Lunatic asylums United Provinces 1909-1921 - 1909-1921
Year: 1909
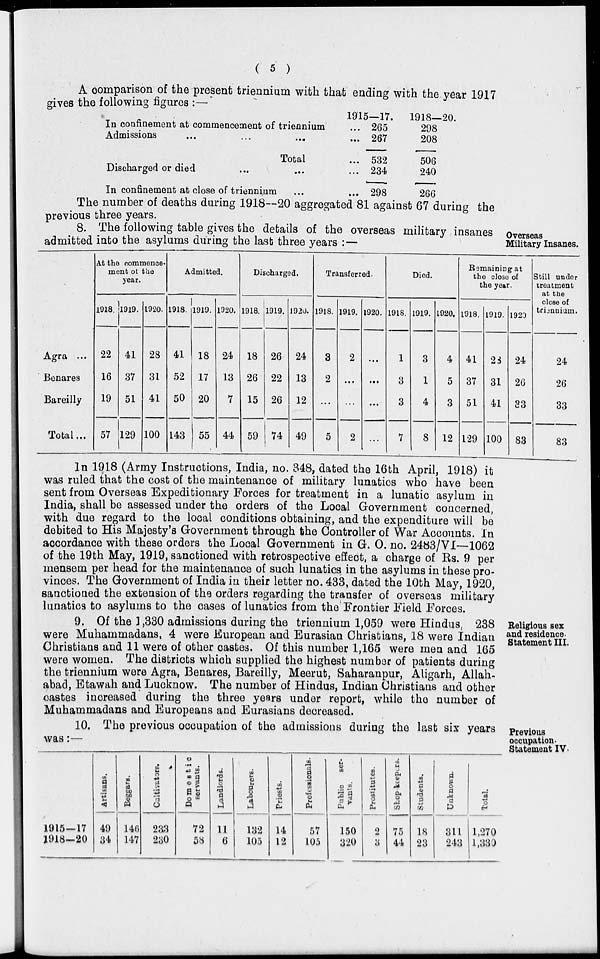
( 5 )
A comparison of the present triennium with that ending with the year 1917
gives the following figures :—
In confinement at commencement of triennium
Admissions
...
...
...
Total
Discharged or died ... ...
In confinement at close of triennium ...
1915—17.
... 265
... 267
... 532
... 234
... 298
1918—20.
298
208
506
240
266
The number of deaths during 1918—20 aggregated 81 against 67 during the
previous three years.
Overseas
Military Insanes.
8. The following table gives the details of the overseas military insanes
admitted into the asylums during the last three years :—
Agra ...
Benares
Bareilly
Total ...
At the commence¬
ment of the
year.
1918.
22
16
19
57
1919.
41
37
51
129
1920.
28
31
41
100
Admitted.
1918.
41
52
50
143
1919.
18
17
20
55
1920.
24
13
7
44
Discharged.
1918.
18
26
15
59
1919.
26
22
26
74
1920.
24
13
12
49
Transferred.
1918.
3
2
...
5
1919.
2
...
...
2
1920.
...
...
...
...
Died.
1918.
1
3
3
7
1919.
3
1
4
8
1920.
4
5
3
12
Remaining at
the close of
the year.
1918.
41
37
51
129
1919.
28
31
41
100
1920
24
26
33
83
Still under
treatment
at the
close of
triennium.
24
26
33
83
In 1918 (Army Instructions, India, no. 348, dated the 16th April, 1918) it
was ruled that the cost of the maintenance of military lunatics who have been
sent from Overseas Expeditionary Forces for treatment in a lunatic asylum in
India, shall be assessed under the orders of the Local Government concerned,
with due regard to the local conditions obtaining, and the expenditure will be
debited to His Majesty's Government through the Controller of War Accounts. In
accordance with these orders the Local Government in G. O. no. 2483/VI—1062
of the 19th May, 1919, sanctioned with retrospective effect, a charge of Rs. 9 per
mensem per head for the maintenance of such lunatics in the asylums in these pro-
vinces. The Government of India in their letter no. 433, dated the 10th May, 1920,
sanctioned the extension of the orders regarding the transfer of overseas military
lunatics to asylums to the cases of lunatics from the Frontier Field Forces.
Religious sex
and residence.
Statement III.
9. Of the 1,330 admissions during the triennium 1,059 were Hindus, 238
were Muhammadans, 4 were European and Eurasian Christians, 18 were Indian
Christians and 11 were of other castes. Of this number 1,165 were men and 165
were women. The districts which supplied the highest number of patients during
the triennium were Agra, Benares, Bareilly, Meerut, Saharanpur, Aligarh, Allah-
abad, Etawah and Lucknow. The number of Hindus, Indian Christians and other
castes increased during the three years under report, while the number of
Muhammadans and Europeans and Eurasians decreased.
Previous
occupation.
Statement IV.
10. The previous occupation of the admissions during the last six years
was:—
1915—17
1918—20
Artisans.
49
34
Beggars.
146
147
Cultivators.
233
230
Domestic
servants.
72
58
Landlords.
11
6
Labourers.
132
105
Priests.
14
12
Professionals.
57
105
Public
ser-
vants.
150
320
Prostitutes.
2
3
Shop-keepers.
75
44
Students.
18
23
Unknown.
311
243
Total.
1,270
1,330